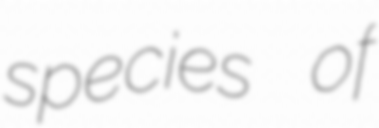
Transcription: species of